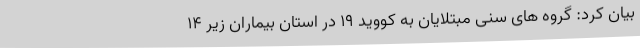
بیان کرد: گروه های سنی مبتلایان به کووید 19 در استان بیماران زیر 14